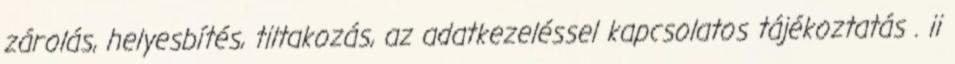
zárolás, helyesbítés, tiltakozás, az adatkezeléssel kapcsolatos tájékoztatás . ii